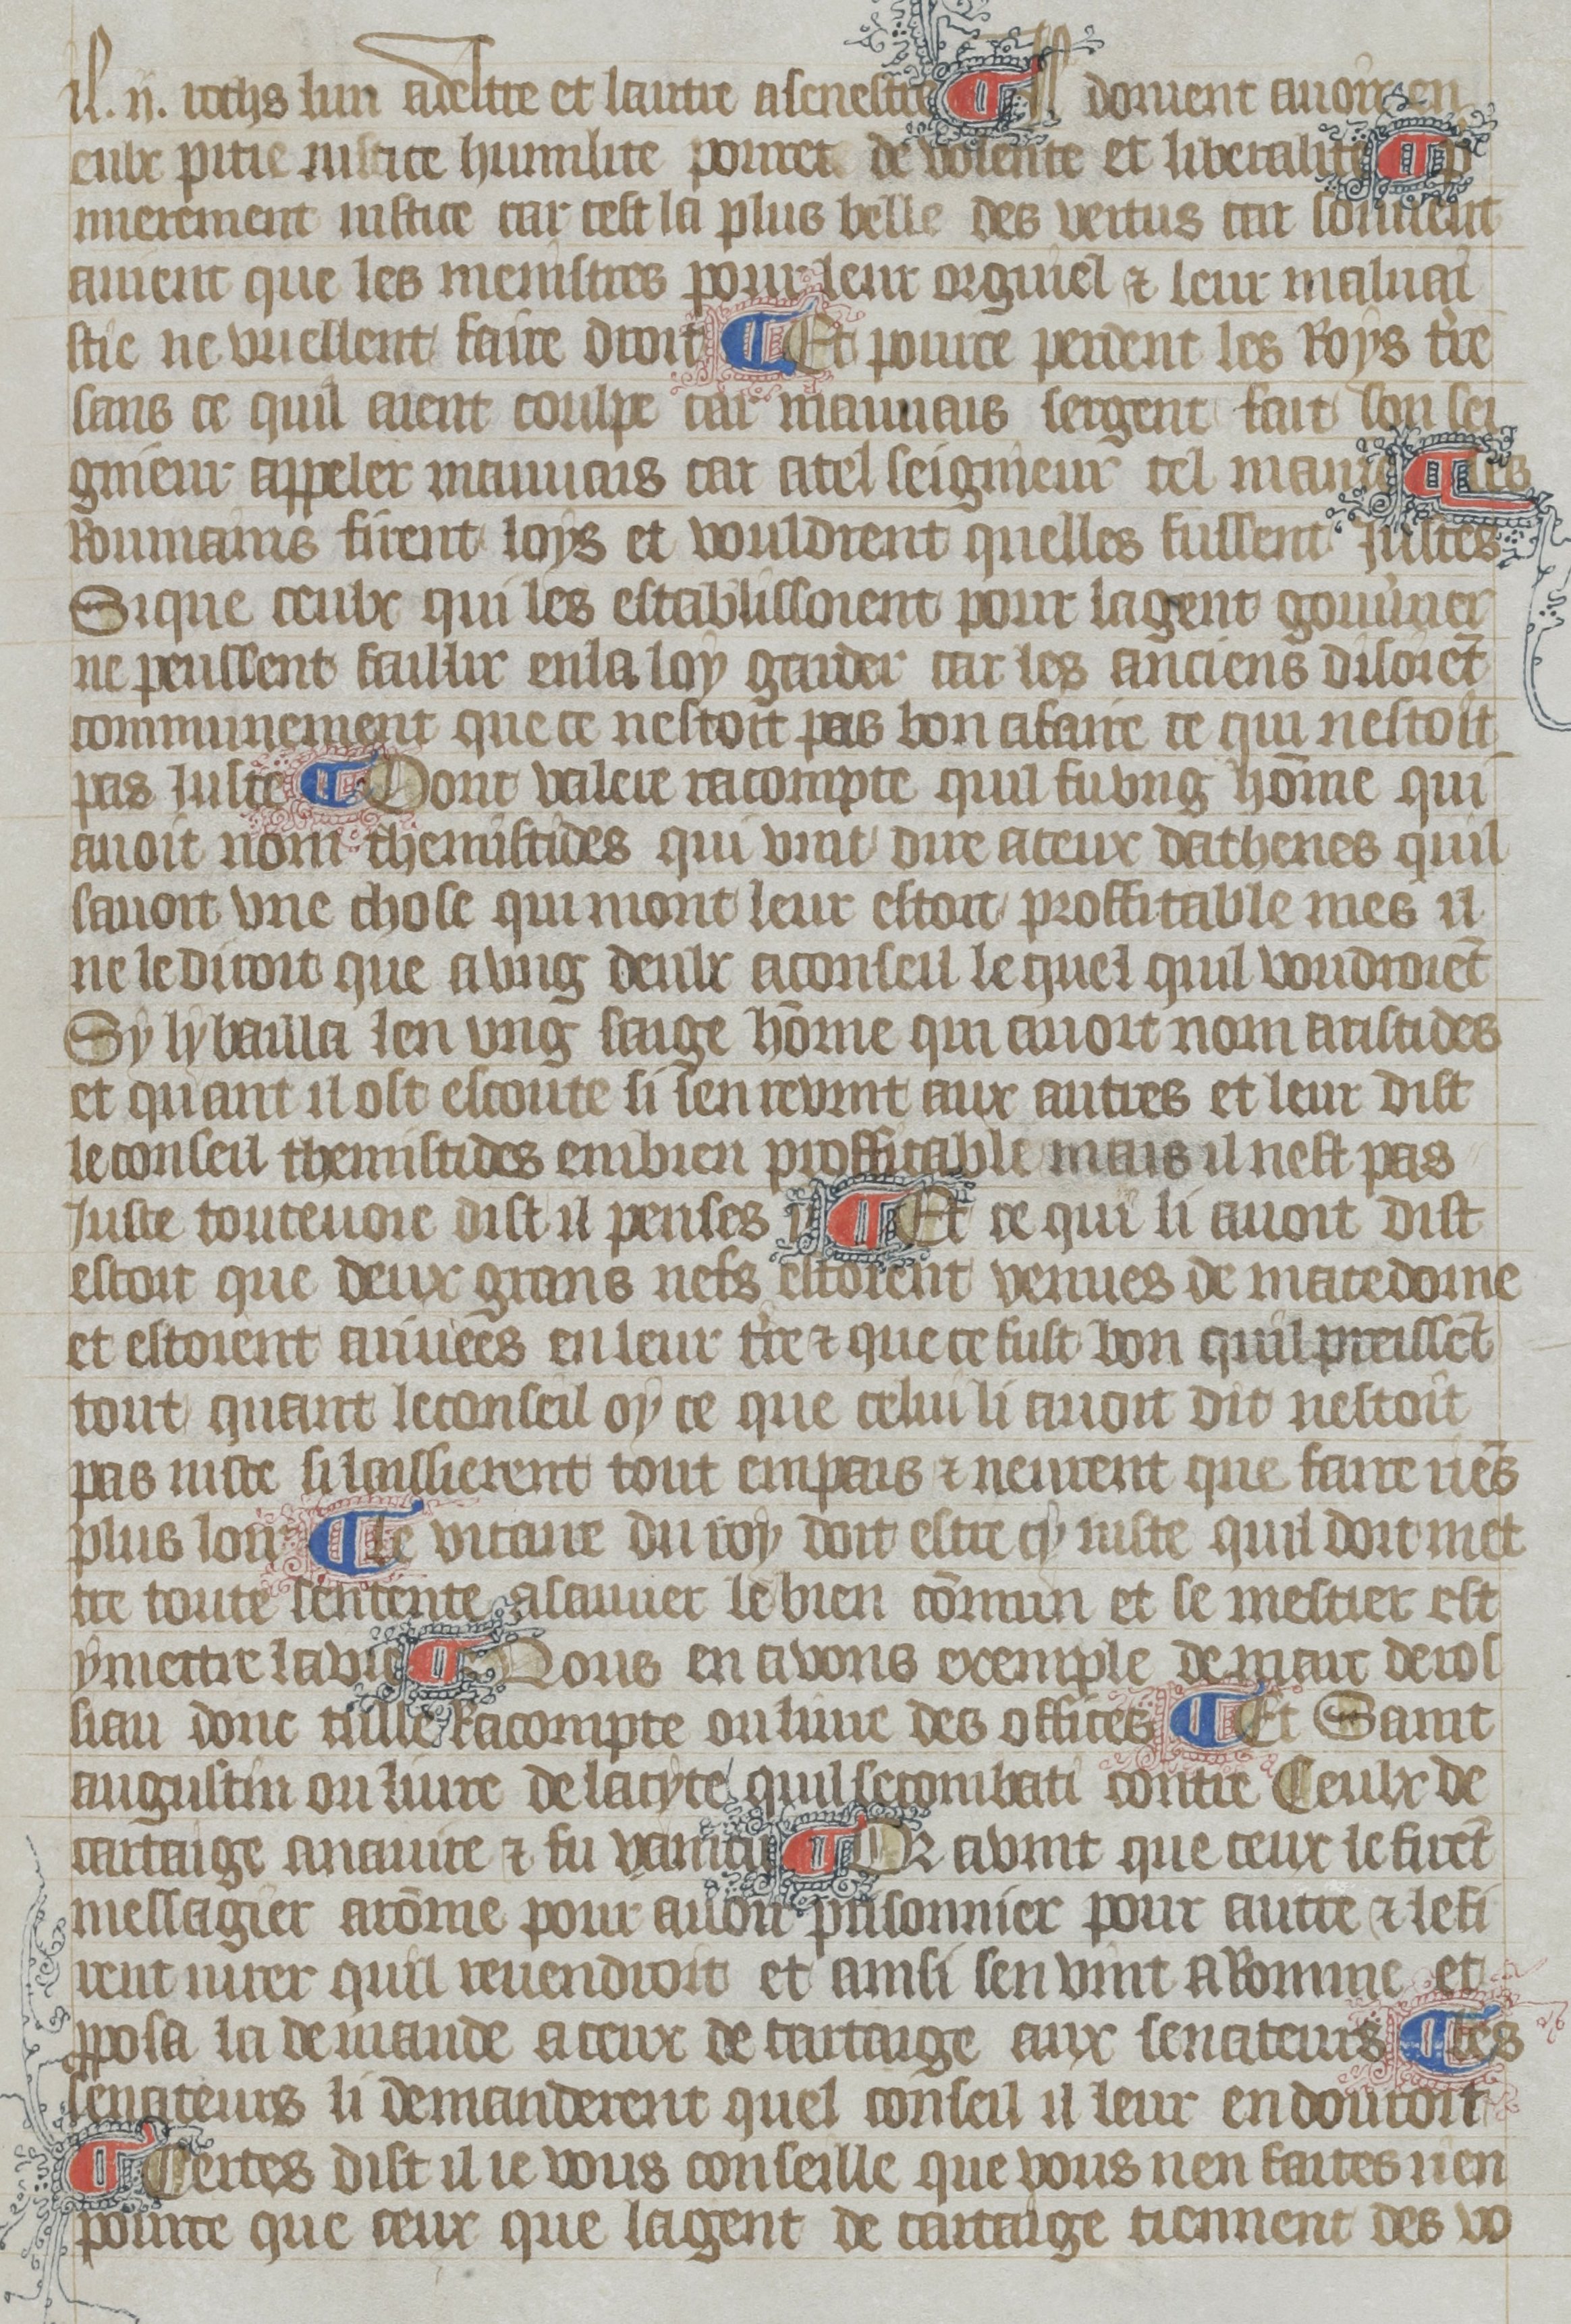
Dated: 1380–1399